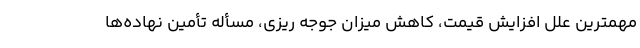
مهمترین علل افزایش قیمت، کاهش میزان جوجه ریزی، مسأله تأمین نهاده‌ها